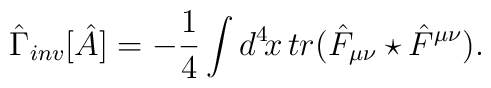
\hat\Gamma_{inv}[\hat A]=-{1\over 4}\int d^4\!x\,  tr\big(\hat F_{\mu\nu}\star\hat  F^{\mu\nu}\big).